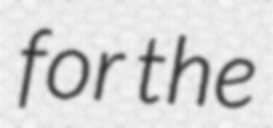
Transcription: for the